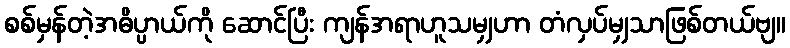
စစ်မှန်တဲ့အဓိပ္ပာယ်ကို ဆောင်ပြီး ကျန်အရာဟူသမျှဟာ တံလှပ်မျှသာဖြစ်တယ်ဗျ။